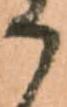
の